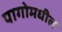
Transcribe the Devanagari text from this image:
पागोमधील